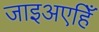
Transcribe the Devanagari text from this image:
जाइअएहिँ